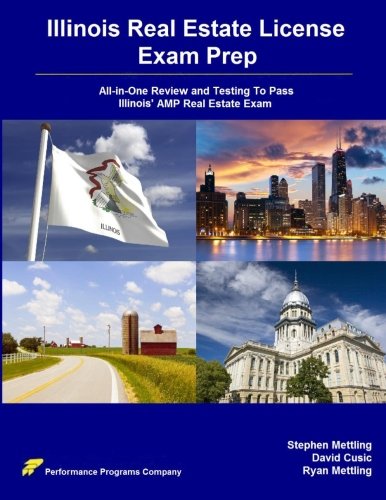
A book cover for Illinois Real Estate License Exam Prep: All-in-One Review and Testing To Pass Illinois' AMP Real Estate Exam; Stephen Mettling; Business & Money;